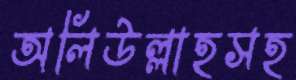
অলিউল্লাহসহ